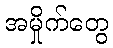
အမှိုက်တွေ